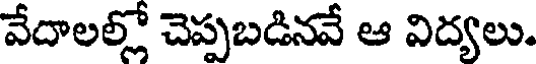
వేదాలల్లో చెప్పబడినవే ఆ విద్యలు.